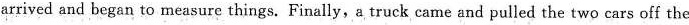
arrived and began to measure things. Finally, a truck came and pulled the two cars off the